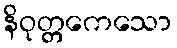
နိဝုတ္တကေသော